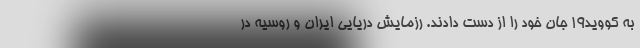
به کووید۱۹ جان خود را از دست دادند. رزمایش دریایی ایران و روسیه در